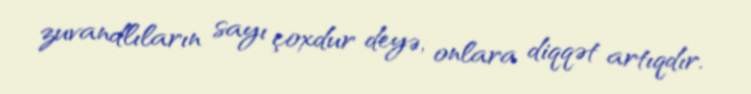
zuvandlıların sayı çoxdur deyə, onlara diqqət artıqdır.